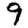
Digit: 9